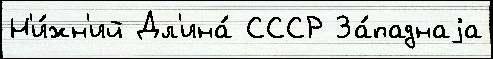
Н'и́жн'ий Дл'ина́ СССР За́паднаjа